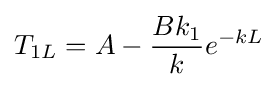
T_{1L}=A-{\frac {Bk_{1}}{k}}e^{-kL}